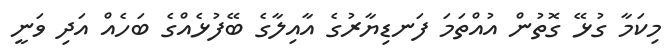
މިކަމާ ގުޅޭ ގޮތުން އުއްތަމަ ފަނޑިޔާރުގެ އާއިލާގެ ބޭފުޅެއްގެ ބަހެއް އަދި ވަނީ